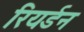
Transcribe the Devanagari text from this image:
रियर्डन